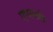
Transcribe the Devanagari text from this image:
एप्पलके